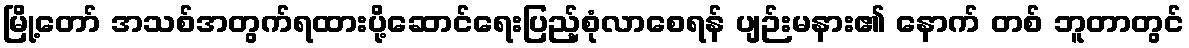
မြို့တော် အသစ်အတွက်ရထားပို့ဆောင်ရေးပြည့်စုံလာစေရန် ပျဉ်းမနား၏ နောက် တစ် ဘူတာတွင်